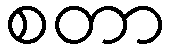
စတာ